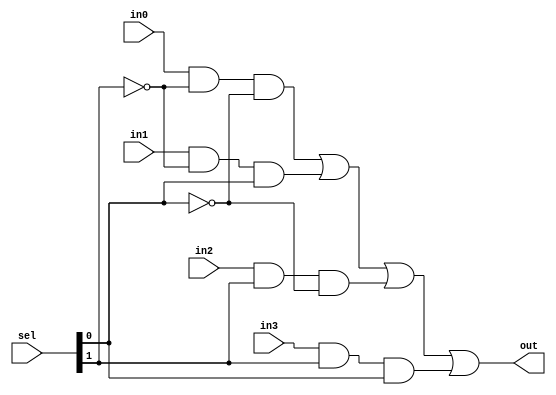
module mux_structural(out, in0, in1, in2, in3, sel);
	output out;										// 

	input in0, in1, in2, in3;					// 
	input [1:0] sel;								//  
	
	wire notsel0, notsel1;						//    
	wire y0, y1, y2, y3;							//	

	not not0 (notsel0, sel[0]);					//   
	not not1 (notsel1, sel[1]);					//   
	and and0 (y0, in0, notsel1, notsel0);	// in0   
	and and1 (y1, in1, notsel1, sel[0]);		// in1   
	and and2 (y2, in2, sel[1], notsel0);		// in2   
	and and3 (y3, in3, sel[1], sel[0]);			// in3   
	or or0 (out, y0, y1, y2, y3);				// Or   
	
endmodule